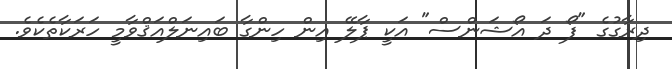
ދިރާގުގެ "ފޯ ދަ އޯޝަންސް" އަކީ ޕާލޭ އިން ހިންގާ ބައިނަލްއަޤްވާމީ ހަރަކާތެކެވެ.